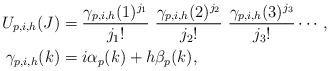
LaTeX: \begin{align*}U_{p,i,h}(J) &= \frac{\gamma_{p,i,h}(1)^{j_1}}{j_1!} \ \frac{\gamma_{p,i,h}(2)^{j_2}}{j_2!}\ \frac{\gamma_{p,i,h}(3)^{j_3}}{j_3!}\cdots,\\\gamma_{p,i,h}(k) &= i \alpha_p(k) + h \beta_p(k), \end{align*}